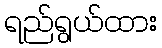
ရည်ရွယ်ထား